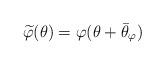
LaTeX: \begin{align*}\widetilde\varphi(\theta)=\varphi(\theta+\bar\theta_\varphi)\end{align*}